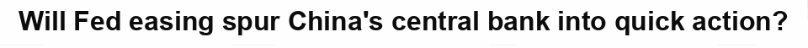
Will Fed easing spur China's central bank into quick action?